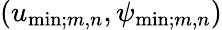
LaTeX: (u_{\mathrm{min};m,n},\psi_{\mathrm{min};m,n})